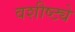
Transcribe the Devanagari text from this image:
वशीष्ट्ये